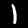
Label: 1